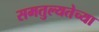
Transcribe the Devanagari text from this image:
समतुल्यतेच्या